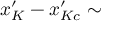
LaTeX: x _ { K } ^ { \prime } - x _ { K c } ^ { \prime } \sim